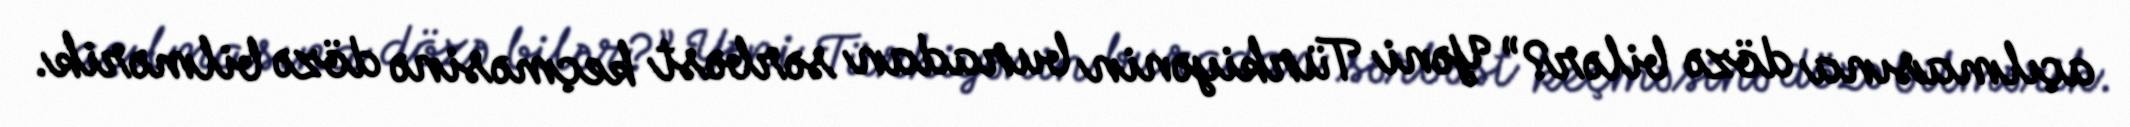
açılmasına dözə bilər?” Yəni Türkiyənin buradan sərbəst keçməsinə dözə bilmərik.